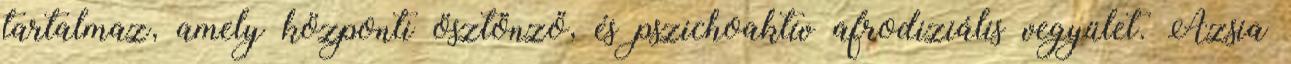
tartalmaz, amely központi ösztönző, és pszichoaktív afrodiziális vegyület. Ázsia